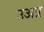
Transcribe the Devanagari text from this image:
उअप्र